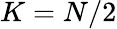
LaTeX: K=N/2